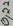
Text: 0,22